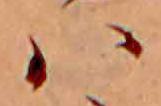
ハ